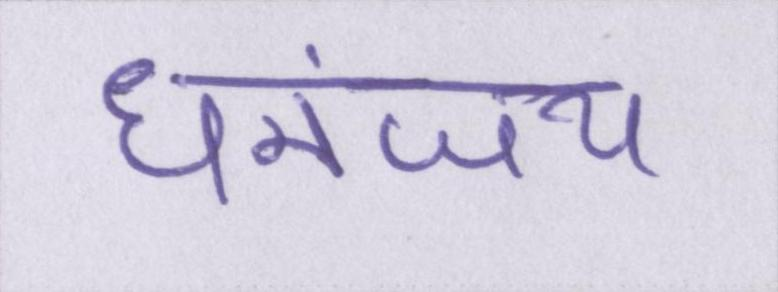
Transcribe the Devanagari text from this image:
धनंजय